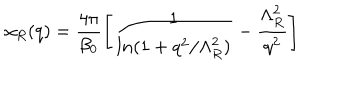
LaTeX: \alpha _ { R } ( q ) = \frac { 4 \pi } { \beta _ { 0 } } \left[ \frac { 1 } { l n ( 1 + q ^ { 2 } / \Lambda _ { R } ^ { 2 } ) } - \frac { \Lambda _ { R } ^ { 2 } } { q ^ { 2 } } \right]